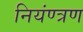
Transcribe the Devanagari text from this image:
नियंण्त्रण